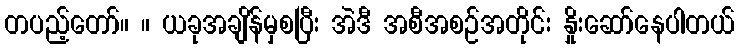
တပည့်တော်။ ။ ယခုအချိန်မှစပြီး အဲဒီ အစီအစဉ်အတိုင်း နှိုးဆော်နေပါတယ်